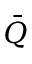
\bar { Q }